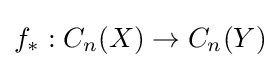
f_{*}:C_{n}(X)\to C_{n}(Y)